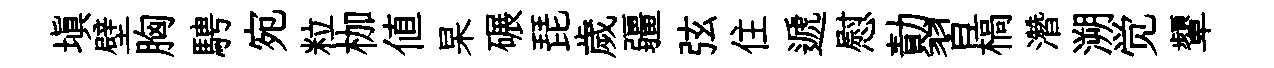
填壁胸騁宛粒枷値杲碾琵歲疆弦住遞慰勣習槁濳溯觉顰